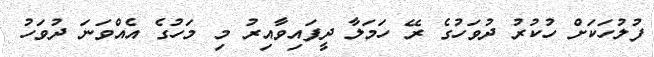
ފުލުހަކަށް ހުކުރު ދުވަހުގެ ރޭ ހަމަލާ ދީފައިވާއިރު މި މަހުގެ އެއްވަނަ ދުވަހު